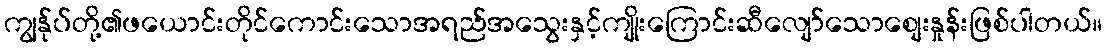
ကျွန်ုပ်တို့၏ဖယောင်းတိုင်ကောင်းသောအရည်အသွေးနှင့်ကျိုးကြောင်းဆီလျော်သောစျေးနှုန်းဖြစ်ပါတယ်။